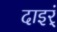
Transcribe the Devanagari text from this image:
दाइर्ं